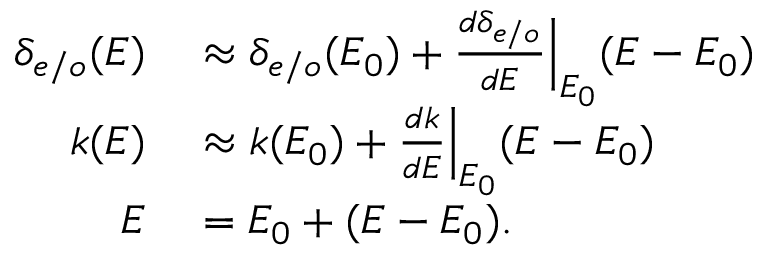
\begin{array} { r l } { \delta _ { e / o } ( E ) } & { { } \approx \delta _ { e / o } ( E _ { 0 } ) + \frac { d \delta _ { e / o } } { d E } \Big | _ { E _ { 0 } } ( E - E _ { 0 } ) } \\ { k ( E ) } & { { } \approx k ( E _ { 0 } ) + \frac { d k } { d E } \Big | _ { E _ { 0 } } ( E - E _ { 0 } ) } \\ { E } & { { } = E _ { 0 } + ( E - E _ { 0 } ) . } \end{array}